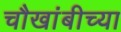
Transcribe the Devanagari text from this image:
चौखांबीच्या